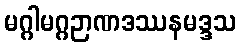
မဂ္ဂါမဂ္ဂဉာဏဒဿနမဒ္ဒသ